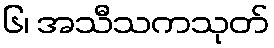
၆၊ အသီသကသုတ်